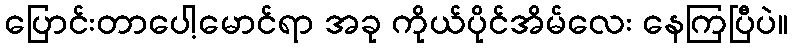
ပြောင်းတာပေါ့မောင်ရာ အခု ကိုယ်ပိုင်အိမ်လေး နေကြပြီပဲ။